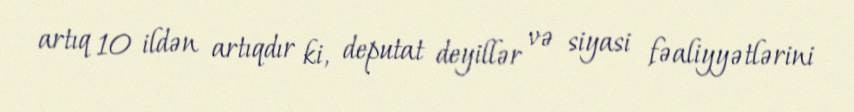
artıq 10 ildən artıqdır ki, deputat deyillər və siyasi fəaliyyətlərini